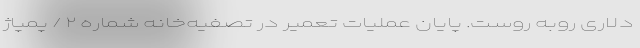
دلاری روبه روست. پایان عملیات تعمیر در تصفیه‌خانه شماره ۲ / پمپاژ